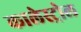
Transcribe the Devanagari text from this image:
कालेस्ट्रोल